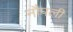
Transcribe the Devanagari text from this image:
नौपली